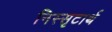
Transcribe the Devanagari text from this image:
निस्सृटार्थ